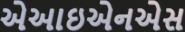
એઆઇએનએસ